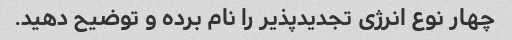
چهار نوع انرژی تجدیدپذیر را نام برده و توضیح دهید.